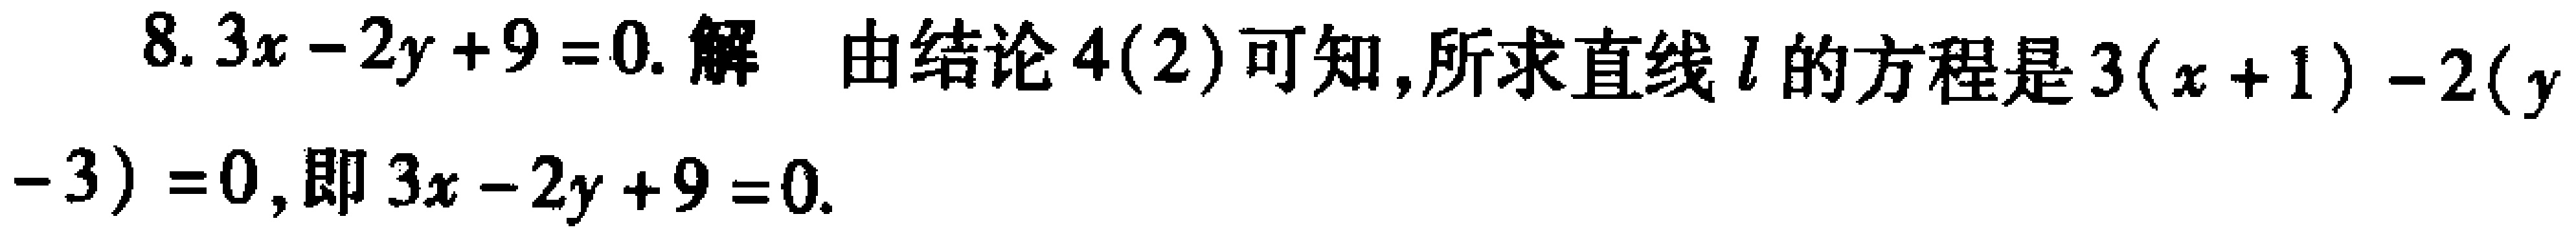
8. \(3x - 2y + 9 = 0\). 解 由结论4(2)可知,所求直线\(l\)的方程是\(3(x + 1) - 2(y - 3) = 0\),即\(3x - 2y + 9 = 0\).